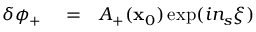
\begin{array} { r l r } { \delta \phi _ { + } } & { { } = } & { A _ { + } ( \mathbf { x } _ { 0 } ) \exp ( i n _ { s } \xi ) } \end{array}